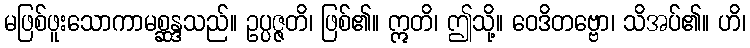
မဖြစ်ဖူးသောကာမစ္ဆန္ဒသည်။ ဥပ္ပဇ္ဇတိ၊ ဖြစ်၏။ ဣတိ၊ ဤသို့။ ဝေဒိတဗ္ဗော၊ သိအပ်၏။ ဟိ၊